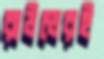
রাউন্ডেরই